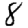
Digit: 8